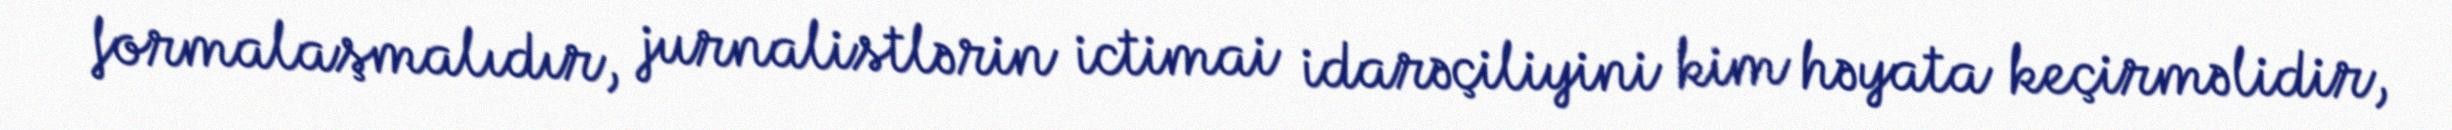
formalaşmalıdır, jurnalistlərin ictimai idarəçiliyini kim həyata keçirməlidir,